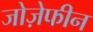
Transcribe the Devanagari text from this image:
जोज़ेफीन